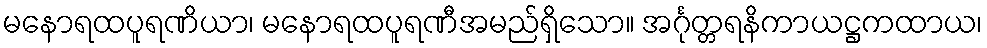
မနောရထပူရဏိယာ၊ မနောရထပူရဏီအမည်ရှိသော။ အင်္ဂုတ္တရနိကာယဋ္ဌကထာယ၊